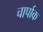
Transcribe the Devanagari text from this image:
चार्पाक